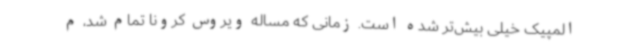
المپیک خیلی بیش‌تر شده است. زمانی که مساله ویروس کرونا تمام شد، م